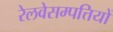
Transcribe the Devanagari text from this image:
रेलवेसम्पत्तियों